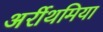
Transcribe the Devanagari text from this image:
अर्रीथमिया